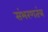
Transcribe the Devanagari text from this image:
संभरणतंत्र